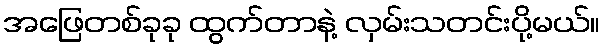
အဖြေတစ်ခုခု ထွက်တာနဲ့ လှမ်းသတင်းပို့မယ်။